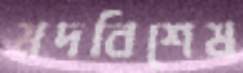
মদবিশেষ